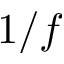
1 / f